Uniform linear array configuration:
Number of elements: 24
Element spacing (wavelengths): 0.75
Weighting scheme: binomial
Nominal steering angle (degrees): -15
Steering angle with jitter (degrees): -13.227
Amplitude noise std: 0.05
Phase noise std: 0.05

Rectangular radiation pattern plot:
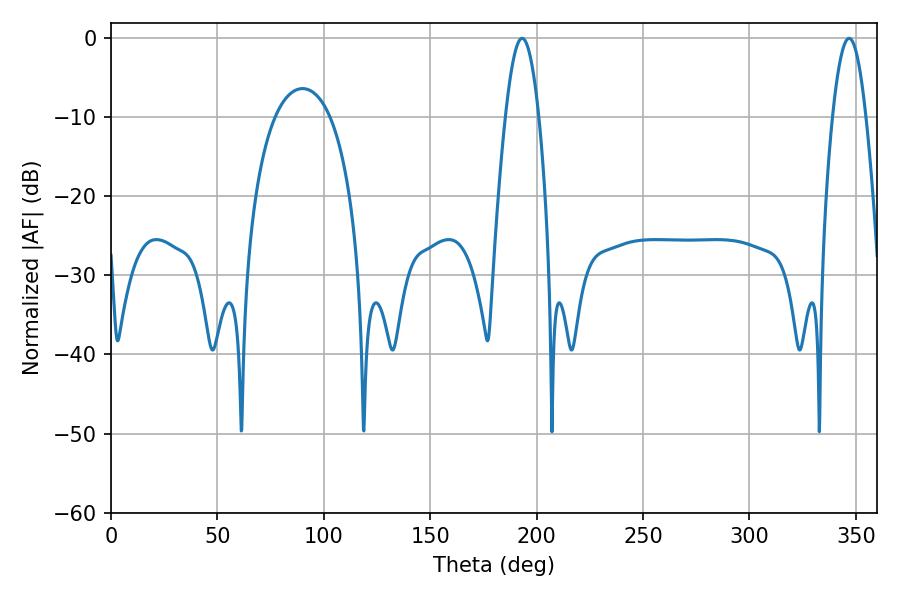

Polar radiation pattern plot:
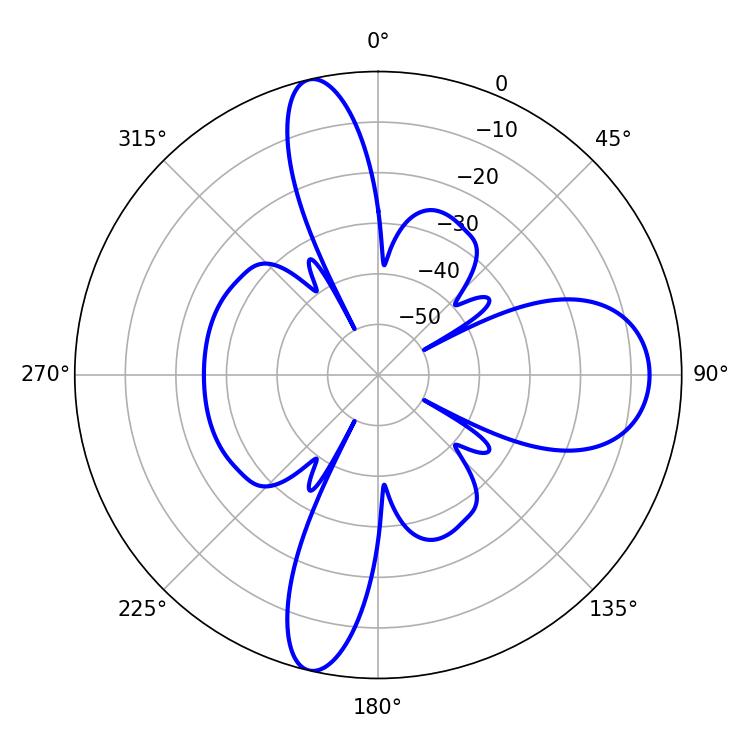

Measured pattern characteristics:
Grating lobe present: TRUE
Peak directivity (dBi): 19.829
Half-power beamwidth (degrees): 8.46
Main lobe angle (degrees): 193.14